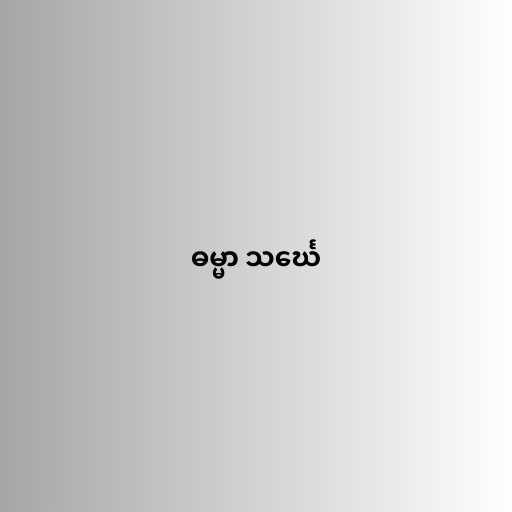
ဓမ္မာ သင်္ဃေ